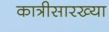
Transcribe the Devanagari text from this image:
कात्रीसारख्या